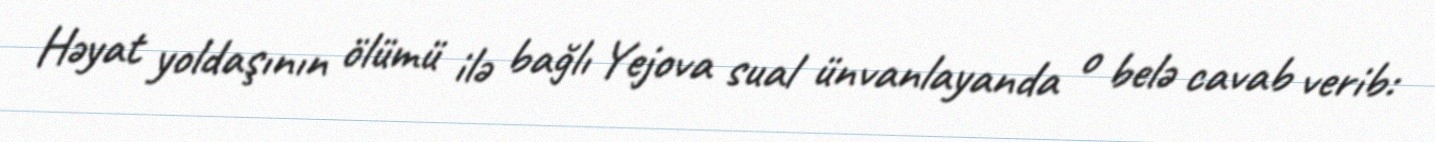
Həyat yoldaşının ölümü ilə bağlı Yejova sual ünvanlayanda o belə cavab verib: